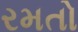
રમતો